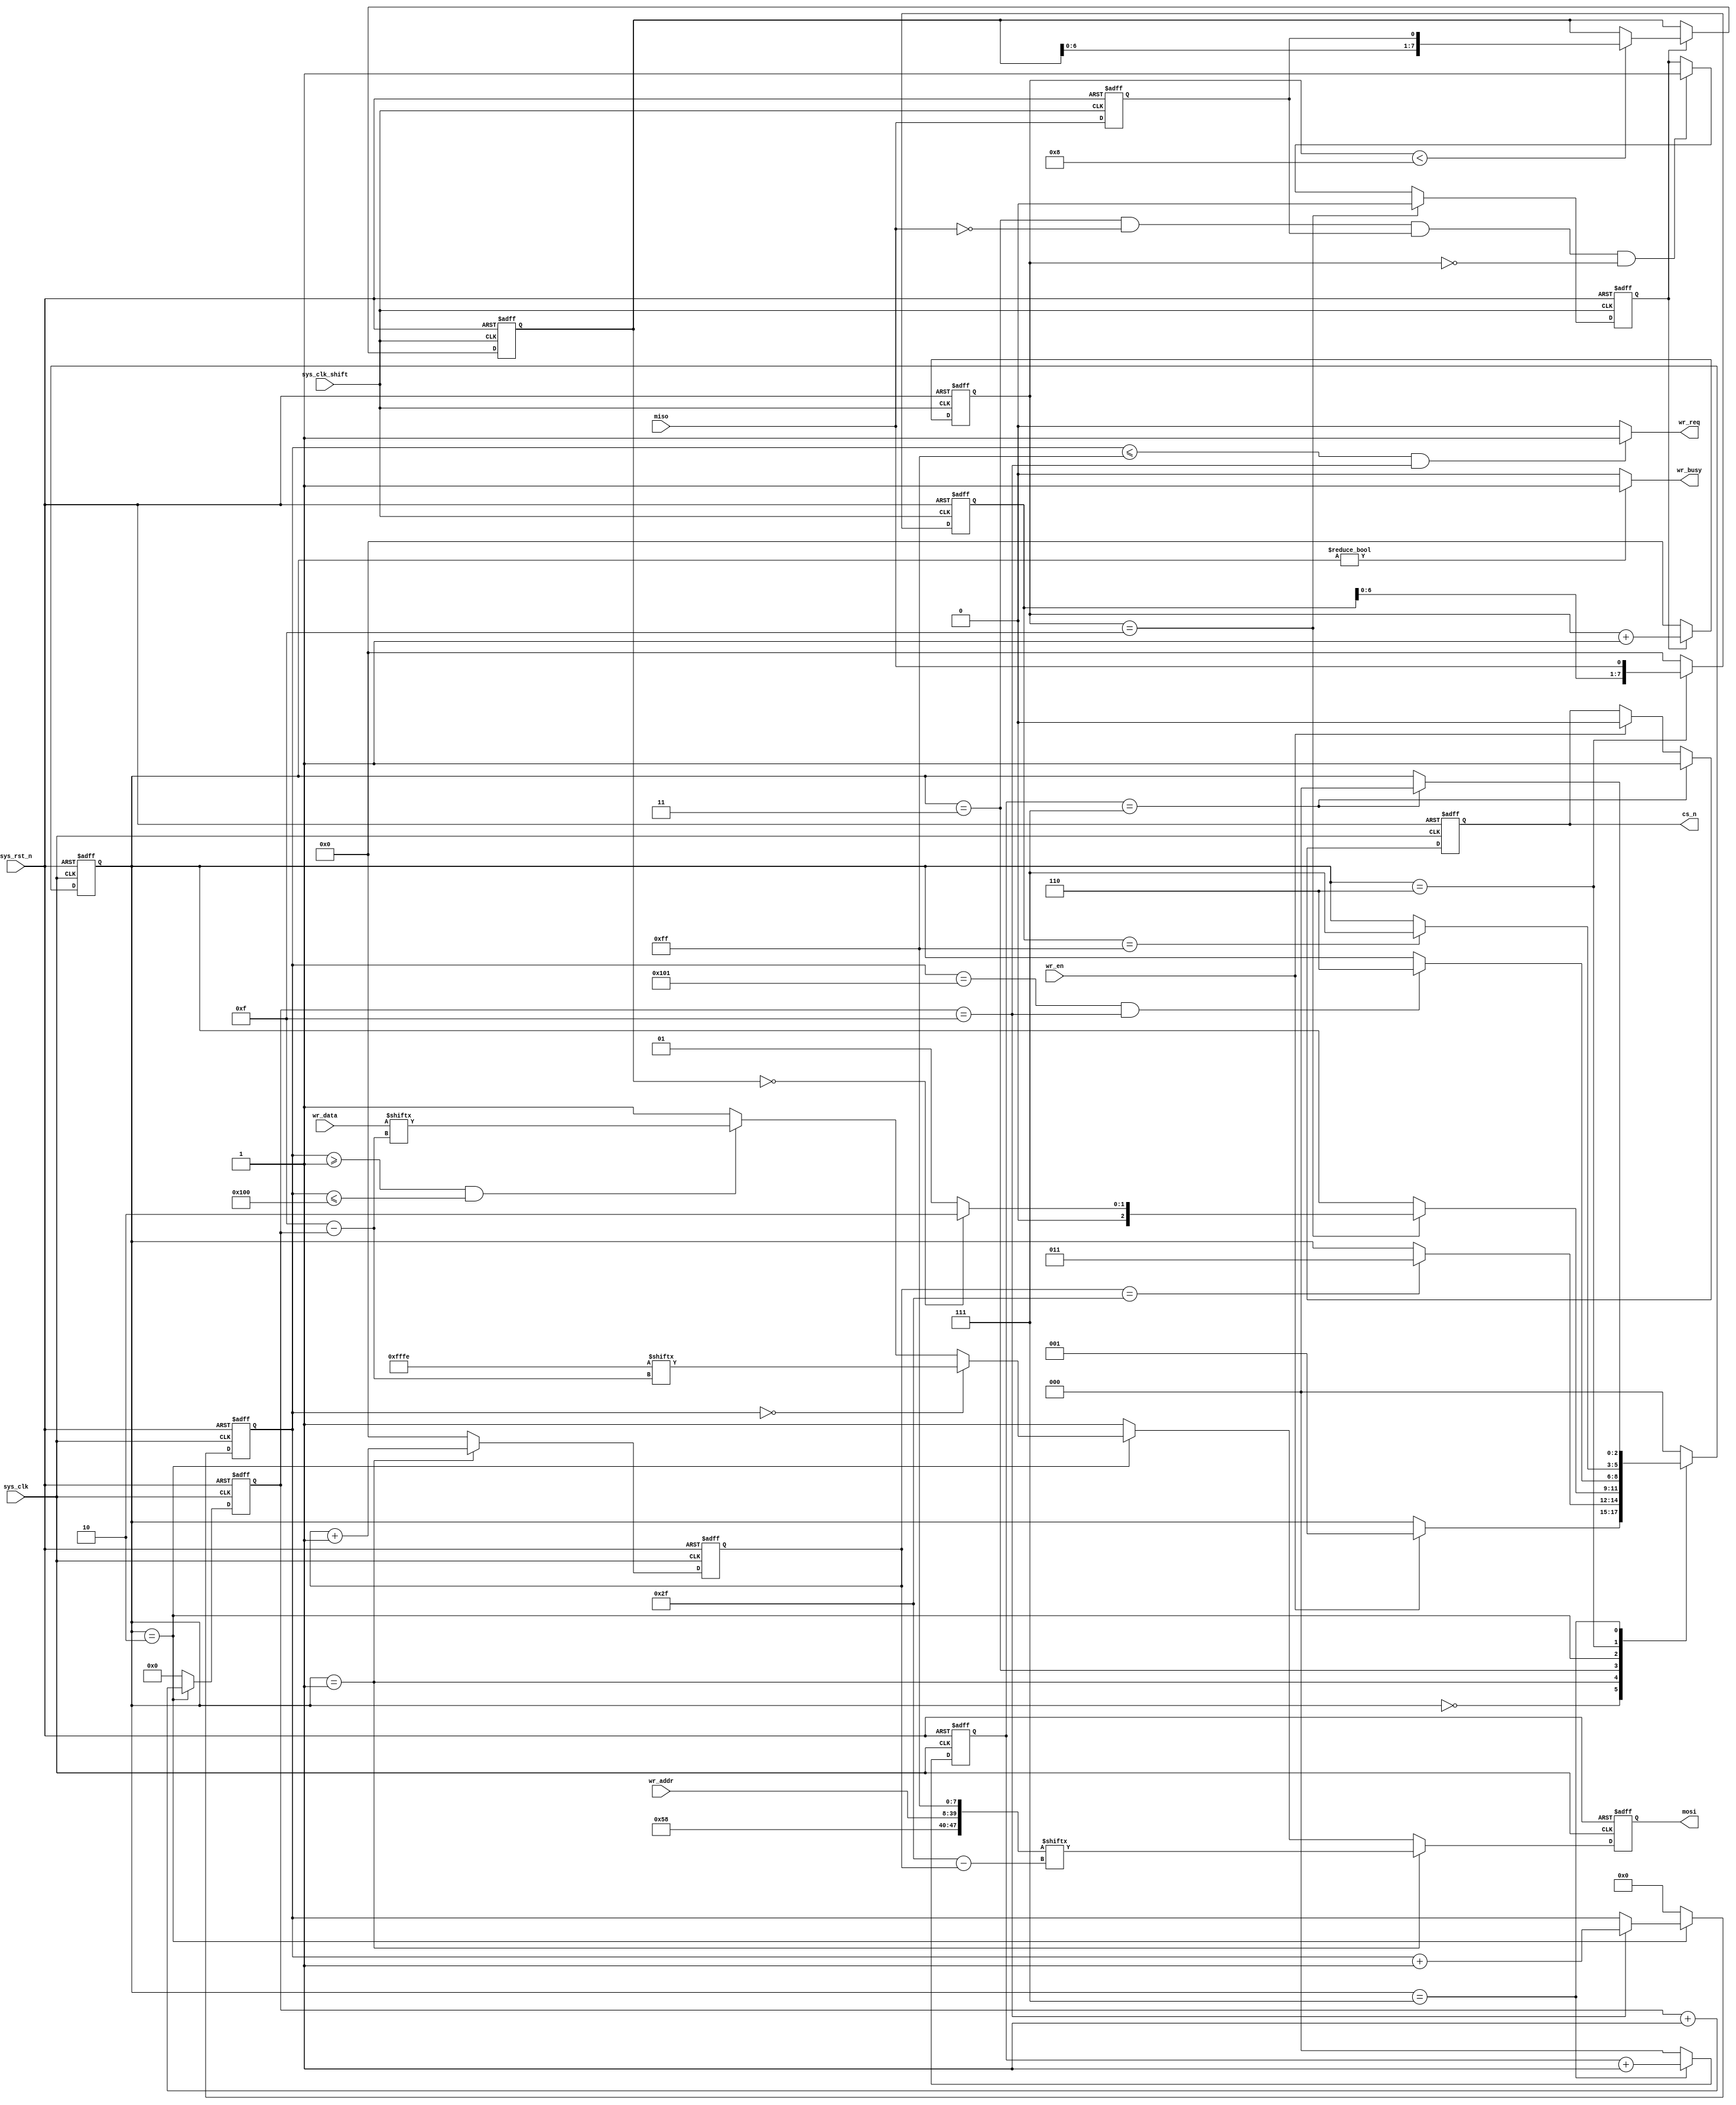
`timescale  1ns/1ns
////////////////////////////////////////////////////////////////////////
// Module Name   : sd_write
// Project Name  : uart_sd
// Target Devices: Altera EP4CE10F17C8N
// Tool Versions : Quartus 13.0
// Description   : SD
//
// Revision      : V1.0
// Additional Comments:
// 
// : _Pro_FPGA
//     : http://www.embedfire.com
//     : http://www.firebbs.cn
//     : https://fire-stm32.taobao.com
////////////////////////////////////////////////////////////////////////

module  sd_write
(
    input   wire            sys_clk         ,   //,50MHz
    input   wire            sys_clk_shift   ,   //,50MHz,90
    input   wire            sys_rst_n       ,   //,
    input   wire            miso            ,   //
    input   wire            wr_en           ,   //
    input   wire    [31:0]  wr_addr         ,   //
    input   wire    [15:0]  wr_data         ,   //

    output  reg             cs_n            ,   //
    output  reg             mosi            ,   //
    output  wire            wr_busy         ,   //
    output  wire            wr_req              //
);

//********************************************************************//
//****************** Parameter and Internal Signal *******************//
//********************************************************************//
//parameter define
parameter   IDLE        =   3'b000  ,   //
            SEND_CMD24  =   3'b001  ,   //CMD24
            CMD24_ACK   =   3'b011  ,   //CMD24
            WR_DATA     =   3'b010  ,   //
            WR_BUSY     =   3'b110  ,   //SD
            WR_END      =   3'b111  ;   //
parameter   DATA_NUM    =   12'd256 ;   //
parameter   BYTE_HEAD   =   16'hfffe;   //

//wire  define
wire    [47:0]  cmd_wr      ;   //

//reg   define
reg     [2:0]   state       ;   //
reg     [7:0]   cnt_cmd_bit ;   //
reg             ack_en      ;   //
reg     [7:0]   ack_data    ;   //
reg     [7:0]   cnt_ack_bit ;   //
reg     [11:0]  cnt_data_num;   //
reg     [3:0]   cnt_data_bit;   //
reg     [7:0]   busy_data   ;   //
reg     [2:0]   cnt_end     ;   //
reg             miso_dly    ;   //

//********************************************************************//
//***************************** Main Code ****************************//
//********************************************************************//
//wr_busy:
assign  wr_busy = (state != IDLE) ? 1'b1 : 1'b0;

//wr_req:
assign  wr_req = ((cnt_data_num <= DATA_NUM - 1'b1) && (cnt_data_bit == 4'd15))
                ? 1'b1 : 1'b0;

//cmd_wr:
assign  cmd_wr = {8'h58,wr_addr,8'hff};

//miso_dly:
always@(posedge sys_clk_shift or negedge sys_rst_n)
    if(sys_rst_n == 1'b0)
        miso_dly    <=  1'b0;
    else
        miso_dly    <=  miso;

//ack_en:
always@(posedge sys_clk_shift or negedge sys_rst_n)
    if(sys_rst_n == 1'b0)
        ack_en  <=  1'b0;
    else    if(cnt_ack_bit == 8'd15)
        ack_en  <=  1'b0;
    else    if((state == CMD24_ACK) && (miso == 1'b0)
                && (miso_dly == 1'b1) && (cnt_ack_bit == 8'd0))
        ack_en  <=  1'b1;
    else
        ack_en  <=  ack_en;

//ack_data:
//cnt_ack_bit:
always@(posedge sys_clk_shift or negedge sys_rst_n)
    if(sys_rst_n == 1'b0)
        begin
            ack_data    <=  8'b0;
            cnt_ack_bit <=  8'd0;
        end
    else    if(ack_en == 1'b1)
        begin
            cnt_ack_bit     <=  cnt_ack_bit + 8'd1;
            if(cnt_ack_bit < 8'd8)
                ack_data    <=  {ack_data[6:0],miso_dly};
            else
                ack_data    <=  ack_data;
        end
    else
        cnt_ack_bit <=  8'd0;

//busy_data:
always@(posedge sys_clk_shift or negedge sys_rst_n)
    if(sys_rst_n == 1'b0)
        busy_data   <=  8'd0;
    else    if(state == WR_BUSY)
        busy_data   <=  {busy_data[6:0],miso};
    else
        busy_data   <=  8'd0;

//state:
always@(posedge sys_clk or negedge sys_rst_n)
    if(sys_rst_n == 1'b0)
        state   <=  IDLE;
    else
        case(state)
            IDLE:
                if(wr_en == 1'b1)
                    state   <=  SEND_CMD24;
                else
                    state   <=  state;
            SEND_CMD24:
                if(cnt_cmd_bit == 8'd47)
                    state   <=  CMD24_ACK;
                else
                    state   <=  state;
            CMD24_ACK:
                if(cnt_ack_bit == 8'd15)
                    if(ack_data == 8'h00)
                        state   <=  WR_DATA;
                    else
                        state   <=  SEND_CMD24;
                else
                    state   <=  state;
            WR_DATA:
                if((cnt_data_num == (DATA_NUM + 1'b1))
                    && (cnt_data_bit == 4'd15))
                    state   <=  WR_BUSY;
                else
                    state   <=  state;
            WR_BUSY:
                if(busy_data == 8'hff)
                    state   <=  WR_END;
                else
                    state   <=  state;
            WR_END:
                if(cnt_end == 3'd7)
                    state   <=  IDLE;
                else
                    state   <=  state;
            default:state   <=  IDLE;
        endcase

//cs_n:
always@(posedge sys_clk or negedge sys_rst_n)
    if(sys_rst_n == 1'b0)
        cs_n    <=  1'b1;
    else    if(cnt_end == 3'd7)
        cs_n    <=  1'b1;
    else    if(wr_en == 1'b1)
        cs_n    <=  1'b0;
    else
        cs_n    <=  cs_n;

//cnt_cmd_bit:
always@(posedge sys_clk or negedge sys_rst_n)
    if(sys_rst_n == 1'b0)
        cnt_cmd_bit     <=  8'd0;
    else    if(state == SEND_CMD24)
        cnt_cmd_bit     <=  cnt_cmd_bit + 8'd1;
    else
        cnt_cmd_bit     <=  8'd0;

//mosi:
always@(posedge sys_clk or negedge sys_rst_n)
    if(sys_rst_n == 1'b0)
        mosi    <=  1'b1;
    else    if(state == SEND_CMD24)
        mosi    <=  cmd_wr[8'd47 - cnt_cmd_bit];
    else    if(state == WR_DATA)
        if(cnt_data_num == 12'd0)
            mosi    <=  BYTE_HEAD[15 - cnt_data_bit];
        else    if((cnt_data_num >= 12'd1) && (cnt_data_num <= DATA_NUM))
            mosi    <=  wr_data[15 - cnt_data_bit];
        else
            mosi    <=  1'b1;
    else
        mosi    <=  1'b1;

//cnt_data_bit:
always@(posedge sys_clk or negedge sys_rst_n)
    if(sys_rst_n == 1'b0)
        cnt_data_bit    <=  4'd0;
    else    if(state == WR_DATA)
        cnt_data_bit    <=  cnt_data_bit + 4'd1;
    else
        cnt_data_bit    <=  4'd0;

//cnt_data_num:
always@(posedge sys_clk or negedge sys_rst_n)
    if(sys_rst_n == 1'b0)
        cnt_data_num    <=  12'd0;
    else    if(state == WR_DATA)
        if(cnt_data_bit == 4'd15)
            cnt_data_num    <=  cnt_data_num + 12'd1;
        else
            cnt_data_num    <=  cnt_data_num;
    else
        cnt_data_num    <=  12'd0;

//cnt_end:
always@(posedge sys_clk or negedge sys_rst_n)
    if(sys_rst_n == 1'b0)
        cnt_end <=  3'd0;
    else    if(state == WR_END)
        cnt_end <=  cnt_end + 3'd1;
    else
        cnt_end <=  3'd0;

endmodule